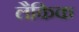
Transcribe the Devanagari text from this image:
लैकिक